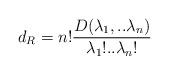
LaTeX: \begin{align*}d_R = n! \frac{D( \lambda_1, .. \lambda_n) }{\lambda_1 ! .. \lambda_n!}\end{align*}